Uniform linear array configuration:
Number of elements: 48
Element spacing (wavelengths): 0.75
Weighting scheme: blackman
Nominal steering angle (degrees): -60
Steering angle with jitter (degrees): -58.083
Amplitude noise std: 0.05
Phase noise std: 0.05

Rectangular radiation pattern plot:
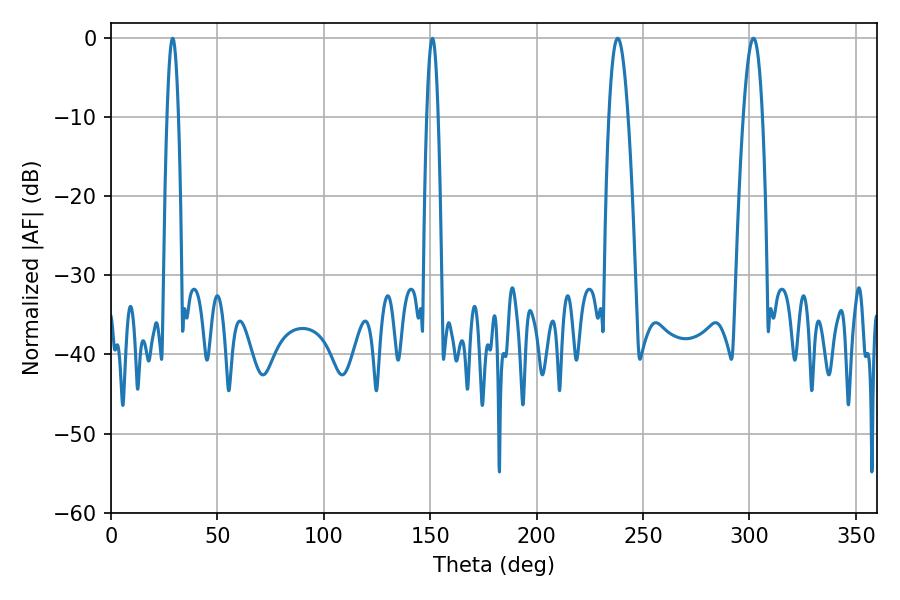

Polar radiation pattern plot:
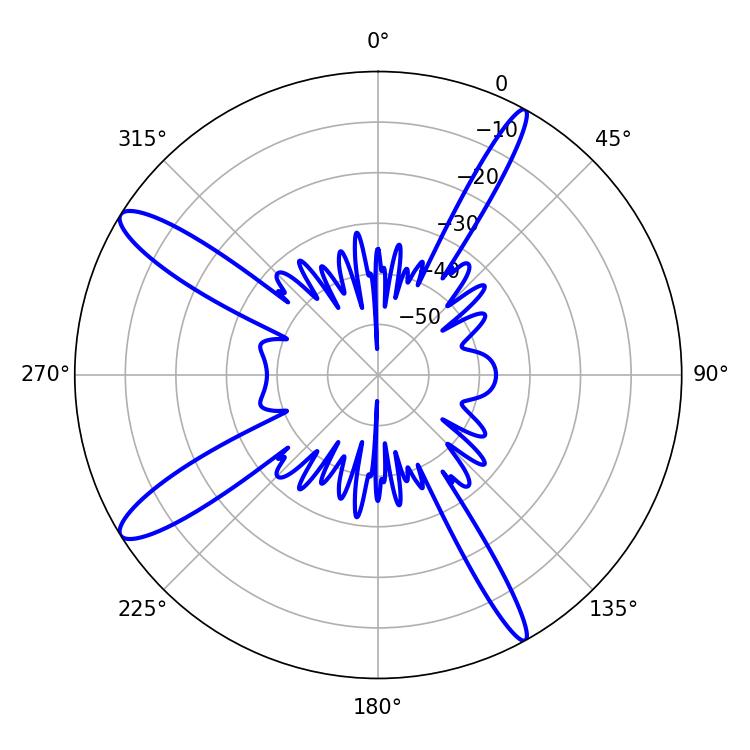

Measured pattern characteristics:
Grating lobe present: TRUE
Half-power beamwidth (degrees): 2.88
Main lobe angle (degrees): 28.98